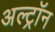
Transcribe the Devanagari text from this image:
अल्ट्राॅन